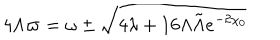
LaTeX: 4 \Lambda \varpi = \omega \pm \sqrt { 4 \lambda + 1 6 \Lambda \tilde { \Lambda } e ^ { - 2 \chi _ { 0 } } }